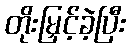
တိုးမြှင့်ခဲ့ပြီး